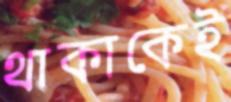
থাকাকেই